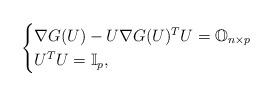
LaTeX: \begin{align*}\begin{cases}\nabla G(U)-U\nabla G(U)^TU=\mathbb{O}_{n\times p} \\U^TU=\mathbb{I}_p,\end{cases}\end{align*}